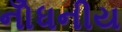
નોઁધનીય